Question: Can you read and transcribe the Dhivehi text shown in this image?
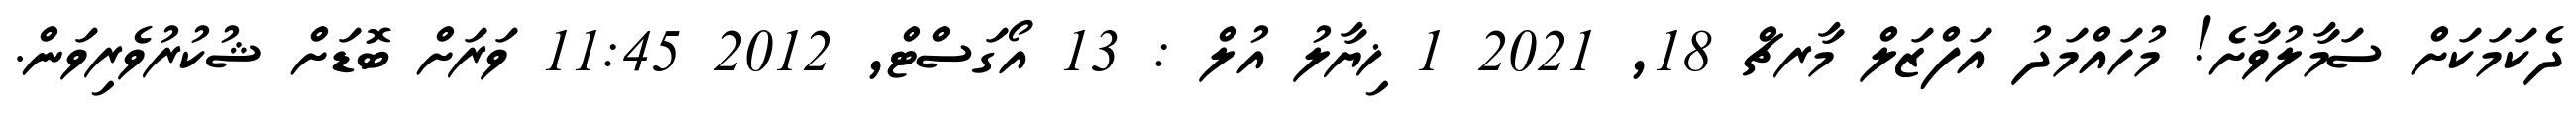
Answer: ދެކަމަކަށް ސަމާލުވާށެ! މުހައްމަދު އަފްޒަލް މާރޗް 18, 2021 1 ޚިޔާލު އުލް : 13 އޯގަސްޓް, 2012 11:45 ވަރަށް ބޮޑަށް ޝުކުރުވެރިވަން.